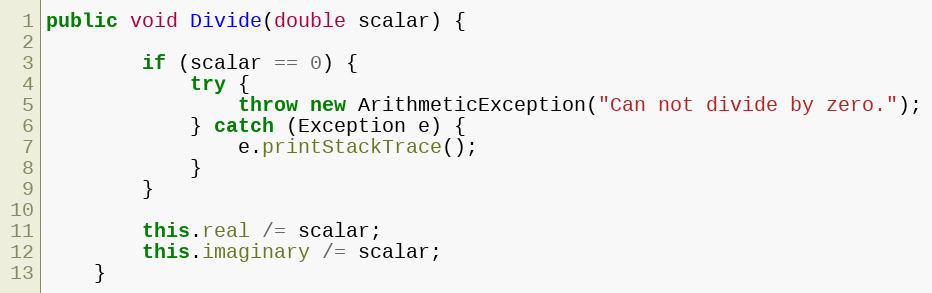
Language: Java
public void Divide(double scalar) {

        if (scalar == 0) {
            try {
                throw new ArithmeticException("Can not divide by zero.");
            } catch (Exception e) {
                e.printStackTrace();
            }
        }

        this.real /= scalar;
        this.imaginary /= scalar;
    }